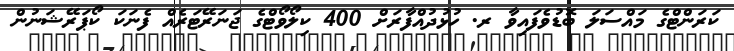
ކަރަންޓްގެ މައްސަލަ ބޮޑުވެފައިވާ ރ. ހުޅުދުއްފާރަށް 400 ކިލޯވޯޓްގެ ޖަނަރޭޓަރެއް ފެނަކަ ކޯޕަރޭޝަނުން